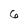
Character: 6